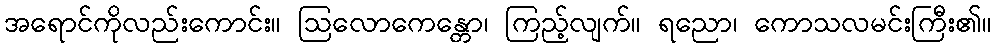
အရောင်ကိုလည်းကောင်း။ ဩလောကေန္တော၊ ကြည့်လျက်။ ရညော၊ ကောသလမင်းကြီး၏။